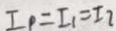
I _ { P } = I _ { 1 } = I _ { 2 }